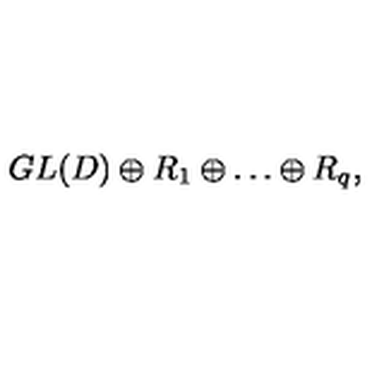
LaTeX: G L ( D ) \oplus R _ { 1 } \oplus \dots \oplus R _ { q } ,